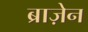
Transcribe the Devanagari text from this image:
ब्राज़ेन